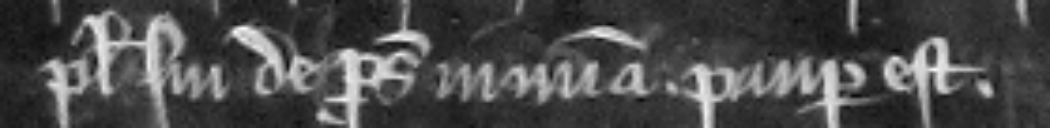
plegii sui de prosequendo in misericordia. Pauper est.